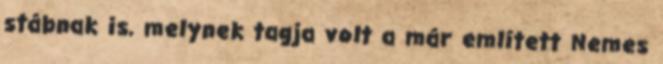
stábnak is, melynek tagja volt a már említett Nemes